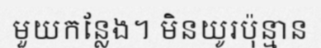
មួយកន្លែង។ មិនយូរប៉ុន្មាន